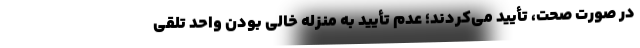
در صورت صحت، تأیید می‌کردند؛ عدم تأیید به منزله خالی بودن واحد تلقی